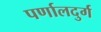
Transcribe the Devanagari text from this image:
पर्णालदुर्ग